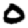
Digit: 0